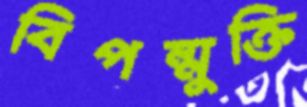
বিপন্মুক্তি